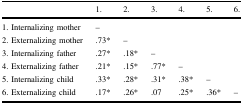
<table><thead><tr><td></td><td><b>1.</b></td><td><b>2.</b></td><td><b>3.</b></td><td><b>4.</b></td><td><b>5.</b></td><td><b>6.</b></td></tr></thead><tbody><tr><td>1. Internalizing mother</td><td>–</td><td></td><td></td><td></td><td></td><td></td></tr><tr><td>2. Externalizing mother</td><td>.73*</td><td>–</td><td></td><td></td><td></td><td></td></tr><tr><td>3. Internalizing father</td><td>.27*</td><td>.18*</td><td>–</td><td></td><td></td><td></td></tr><tr><td>4. Externalizing father</td><td>.21*</td><td>.15*</td><td>.77*</td><td>–</td><td></td><td></td></tr><tr><td>5. Internalizing child</td><td>.33*</td><td>.28*</td><td>.31*</td><td>.38*</td><td>–</td><td></td></tr><tr><td>6. Externalizing child</td><td>.17*</td><td>.26*</td><td>.07</td><td>.25*</td><td>.36*</td><td>–</td></tr></tbody></table>